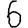
Digit: 6